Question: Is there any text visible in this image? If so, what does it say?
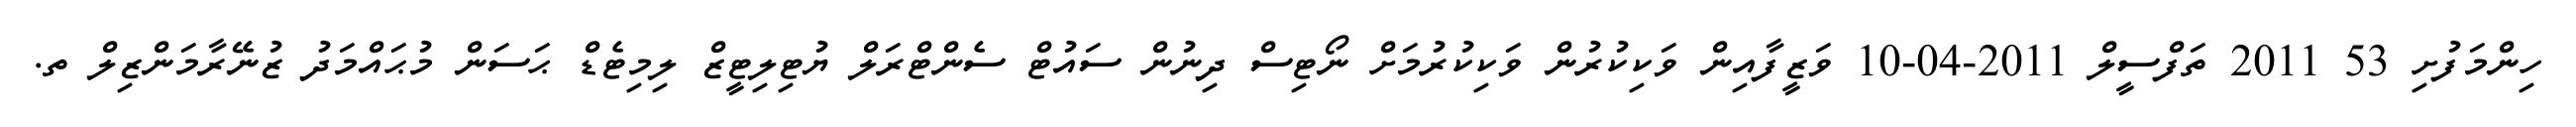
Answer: ހިންމަފުށި 53 2011 ތަފްސީލް 2011-04-10 ވަޒީފާއިން ވަކިކުރުން ވަކިކުރުމަށް ނޯޓިސް ދިނުން ސައުޓް ސެންޓްރަލް ޔުޓިލިޓީޒް ލިމިޓެޑް ޙަސަން މުޙައްމަދު ޒުނޭރާމަންޒިލް ތ.